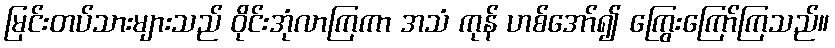
မြင်းတပ်သားများသည် ဝိုင်းအုံလာကြကာ အသံ ကုန် ဟစ်အော်၍ ကြွေးကြော်ကြသည်။